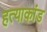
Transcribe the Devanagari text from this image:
हत्‍याकांड